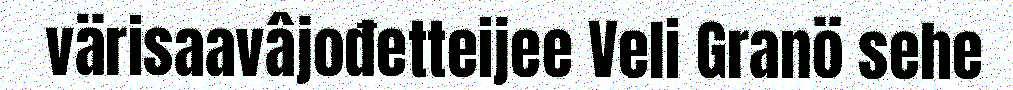
värisaavâjođetteijee Veli Granö sehe